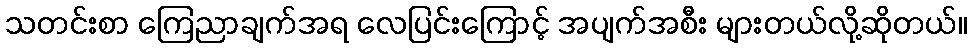
သတင်းစာ ကြေညာချက်အရ လေပြင်းကြောင့် အပျက်အစီး များတယ်လို့ဆိုတယ်။